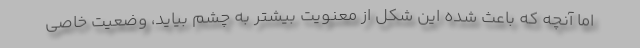
اما آنچه که باعث شده این شکل از معنویت بیشتر به چشم بیاید، وضعیت خاصی